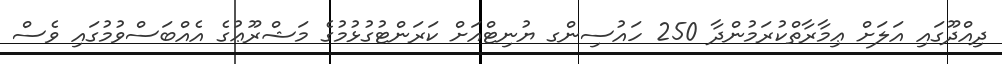
ދިއްދޫގައި އަލަށް ޢިމާރާތްކުރަމުންދާ 250 ހައުސިންގ ޔުނިޓްއަށް ކަރަންޓުގުޅުމުގެ މަޝްރޫޢުގެ އެއްބަސްވުމުގައި ވެސް